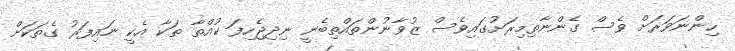
ހިންނަވަރަށް ވެސް ގެންނާތިމިރަށުގައިވެސް ޒުވާނުންތައްތިބެނީ ނިދިޖެހިފަ ކުއްތާ ތަކާ އެކީ ނައިފަރު ގެތަކަށް